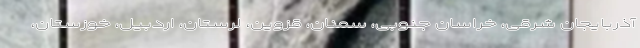
آذربایجان شرقی، خراسان جنوبی، سمنان، قزوین، لرستان، اردبیل، خوزستان،